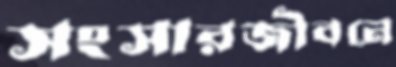
সংসারজীবনে